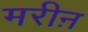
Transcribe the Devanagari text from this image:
मरीऩ